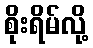
စိုးရိမ်လို့